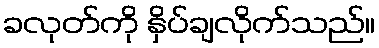
ခလုတ်ကို နှိပ်ချလိုက်သည်။